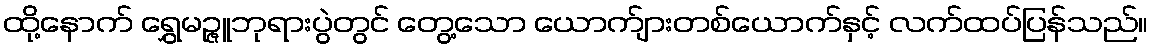
ထို့နောက် ရွှေမဉ္ဇူဘုရားပွဲတွင် တွေ့သော ယောက်ျားတစ်ယောက်နှင့် လက်ထပ်ပြန်သည်။